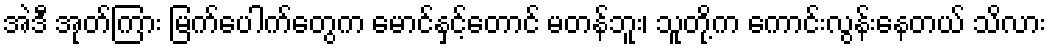
အဲဒီ အုတ်ကြား မြက်ပေါက်တွေက မောင်နှင့်တောင် မတန်ဘူး၊ သူတို့က ကောင်းလွန်းနေတယ် သိလား